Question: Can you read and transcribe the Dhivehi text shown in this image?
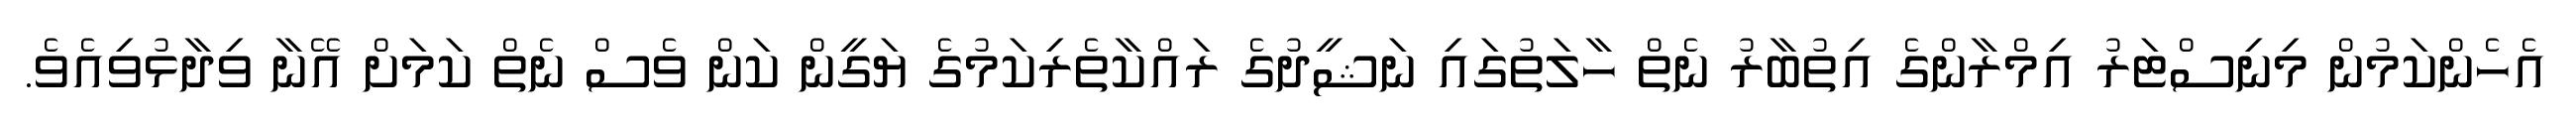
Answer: އެހެންކަމުން މިނިސްޓަރު އިމްރާންގެ އިތުބާރު ނެތް ހާލަތުގައި ނަޝީދުގެ ރައްކާތެރިކަމުގެ ޔަގީން ކަން ވެސް ނެތް ކަމަށް އޭނާ ވިދާޅުވިއެވެ.